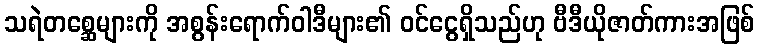
သရဲတစ္ဆေများကို အစွန်းရောက်ဝါဒီများ၏ ဝင်ငွေရှိသည်ဟု ဗီဒီယိုဇာတ်ကားအဖြစ်